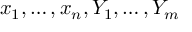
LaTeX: x _ { 1 } , \ldots , x _ { n } , Y _ { 1 } , \ldots , Y _ { m }